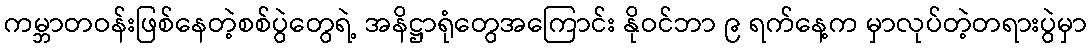
ကမ္ဘာတဝန်းဖြစ်နေတဲ့စစ်ပွဲတွေရဲ့ အနိဋ္ဌာရုံတွေအကြောင်း နိုဝင်ဘာ ၉ ရက်နေ့က မှာလုပ်တဲ့တရားပွဲမှာ